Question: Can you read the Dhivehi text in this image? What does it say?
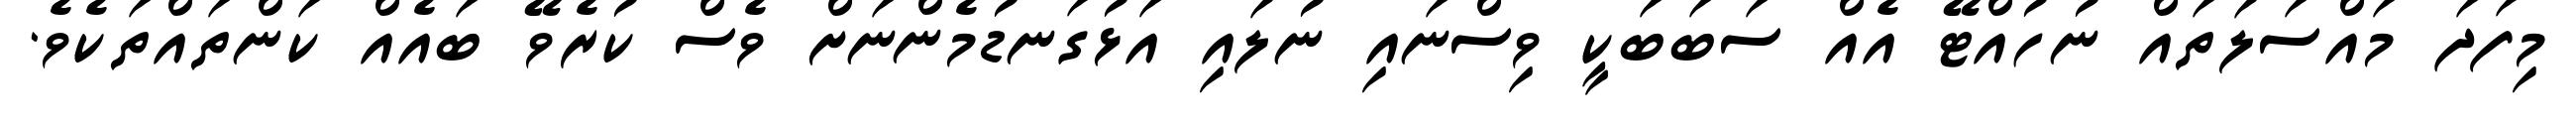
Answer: މިފަދަ މައްސަލަތައް ނުހުއްޓޭ އެއް ސަބަބަކީ ވިސްނައި ނުލައި އަޅުގަނޑުމެންނަށް ވެސް ކުރެވޭ ބައެއް ކަންތައްތަކެވެ.